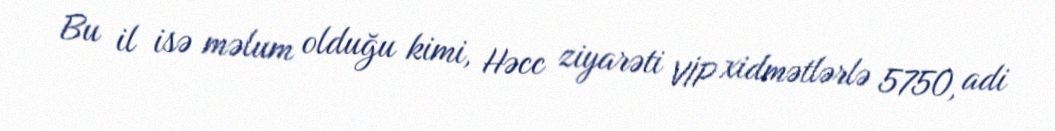
Bu il isə məlum olduğu kimi, Həcc ziyarəti VİP xidmətlərlə 5750, adi